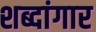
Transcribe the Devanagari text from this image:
शब्दांगार